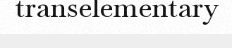
transelementary